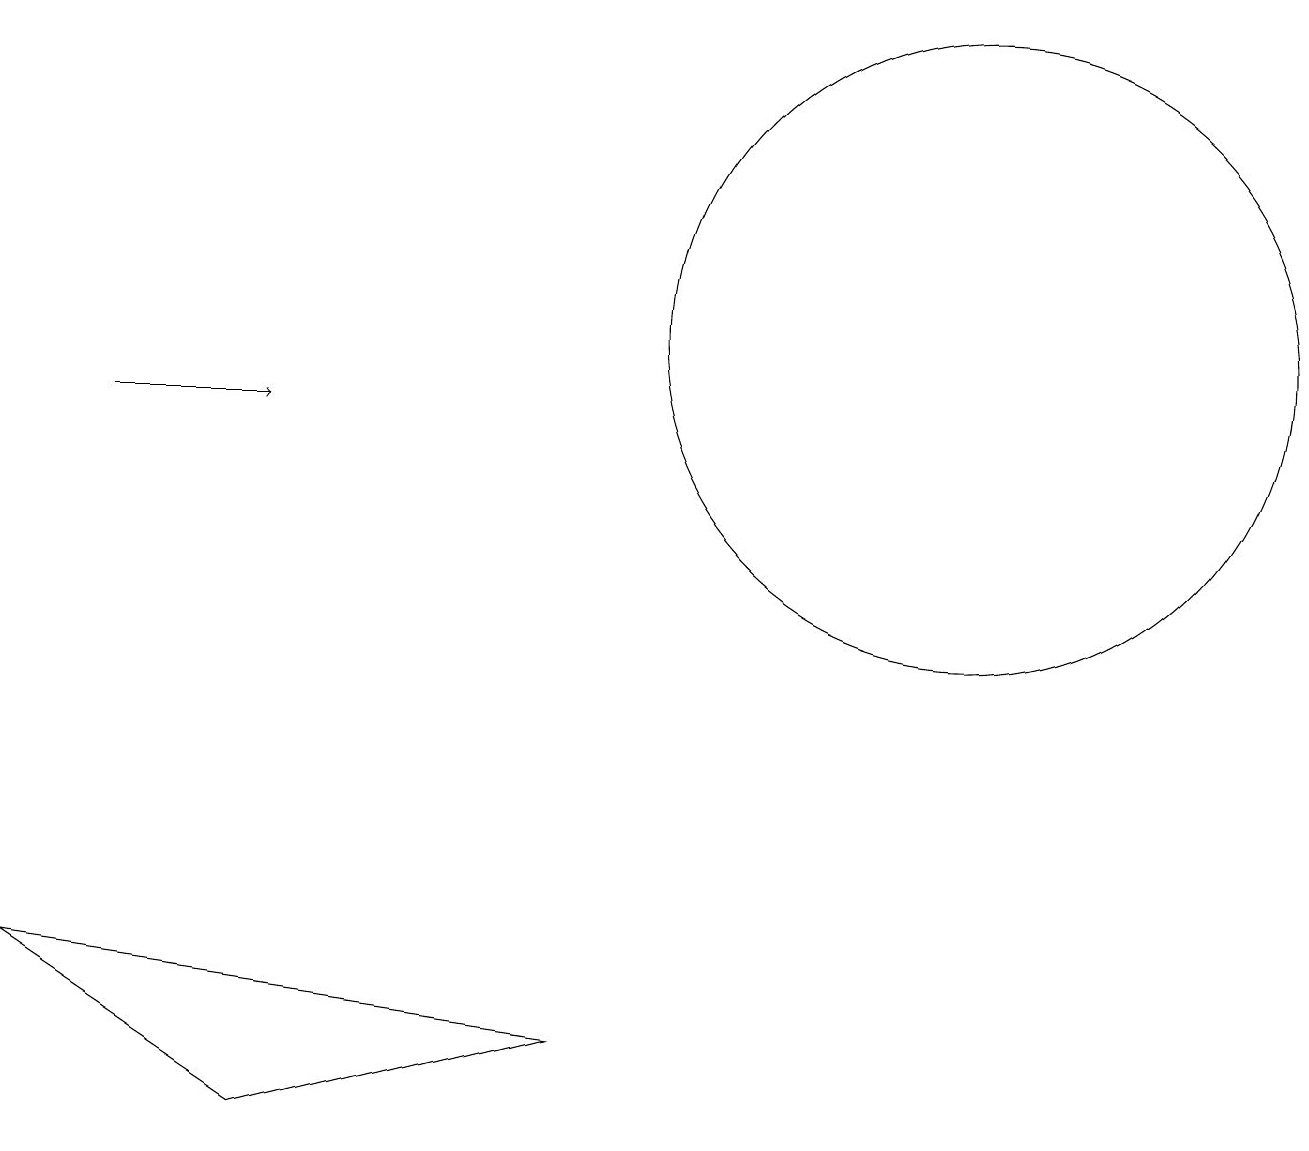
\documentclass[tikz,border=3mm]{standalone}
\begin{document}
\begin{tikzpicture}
\draw (0,3) -- (7,2) -- (3,1) -- cycle;
\draw (12,11) circle (4);
\draw[->] (1,10) -- (3,10);
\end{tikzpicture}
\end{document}